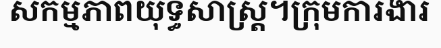
សកម្មភាពយុទ្ធសាស្ត្រ។ក្រុមការងារ